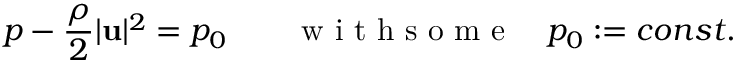
p - \frac \rho 2 | \mathbf u | ^ { 2 } = p _ { 0 } \qquad \mathrm { ~ w ~ i ~ t ~ h ~ s ~ o ~ m ~ e ~ } \quad p _ { 0 } : = c o n s t .